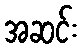
အဆင်း